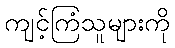
ကျင့်ကြံသူများကို